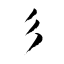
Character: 彡